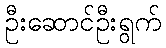
ဦးဆောင်ဦးရွက်